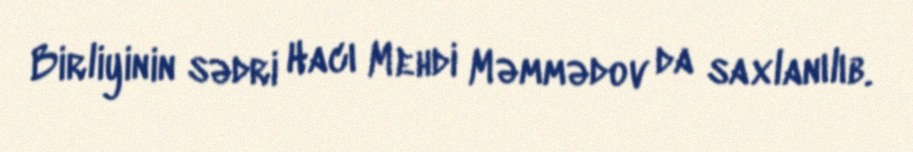
Birliyinin sədri Hacı Mehdi Məmmədov da saxlanılıb.